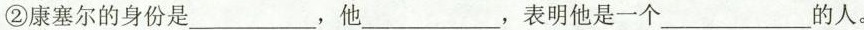
②康塞尔的身份是___，他___，表明他是一个___ 的人。